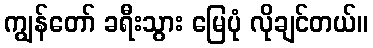
ကျွန်တော် ခရီးသွား မြေပုံ လိုချင်တယ်။